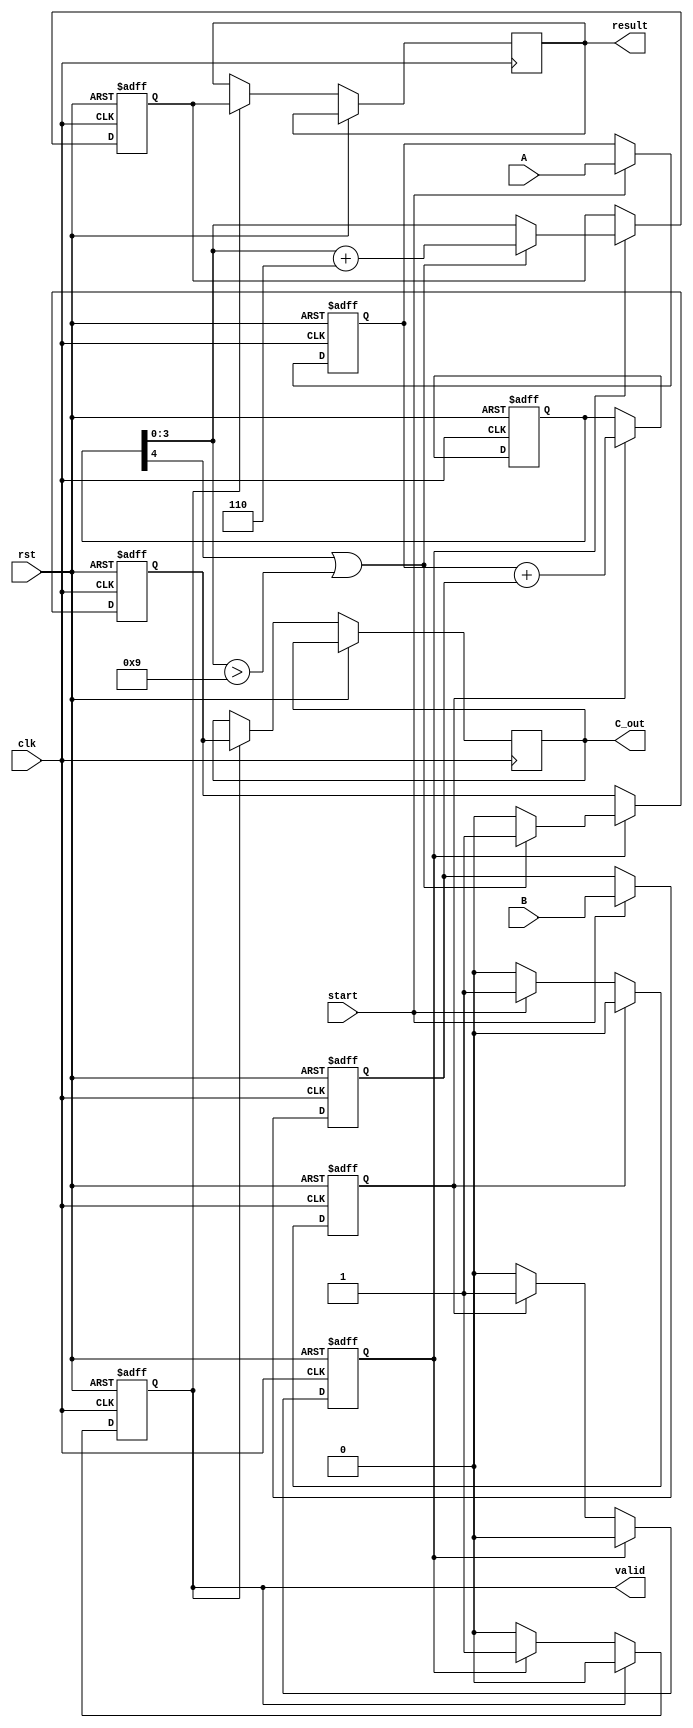
module BCD_Pipelined_Adder (
    input wire clk,
    input wire rst,
    input wire start,
    input wire [3:0] A,
    input wire [3:0] B,
    output reg [3:0] result,
    output reg C_out,
    output reg valid
);

    // Pipeline registers
    reg [3:0] A_reg, B_reg;
    reg [4:0] sum_reg; // 5 bits to accommodate carry
    reg [3:0] corrected_sum;
    reg C_out_reg;

    // Control signals
    reg stage1_valid, stage2_valid;

    // State machine for control
    always @(posedge clk or posedge rst) begin
        if (rst) begin
            A_reg <= 4'b0000;
            B_reg <= 4'b0000;
            sum_reg <= 5'b00000;
            corrected_sum <= 4'b0000;
            C_out_reg <= 1'b0;
            valid <= 1'b0;
            stage1_valid <= 1'b0;
            stage2_valid <= 1'b0;
        end else begin
            if (start) begin
                // Stage 1: Input stage
                A_reg <= A;
                B_reg <= B;
                stage1_valid <= 1'b1;
            end

            if (stage1_valid) begin
                // Stage 2: Adder stage
                sum_reg <= A_reg + B_reg; // Binary addition
                stage1_valid <= 1'b0; // Clear stage 1 valid
                stage2_valid <= 1'b1; // Enable stage 2 valid
            end

            if (stage2_valid) begin
                // Stage 3: BCD Correction Logic
                if (sum_reg[4] || (sum_reg[3:0] > 4'b1001)) begin
                    corrected_sum <= sum_reg[3:0] + 4'b0110; // Add 6 for correction
                    C_out_reg <= 1'b1; // Set carry out
                end else begin
                    corrected_sum <= sum_reg[3:0]; // No correction needed
                    C_out_reg <= 1'b0; // Clear carry out
                end
                stage2_valid <= 1'b0; // Clear stage 2 valid
                valid <= 1'b1; // Indicate valid output
            end

            // Output stage
            if (valid) begin
                result <= corrected_sum;
                C_out <= C_out_reg;
                valid <= 1'b0; // Clear valid signal after output
            end
        end
    end
endmodule